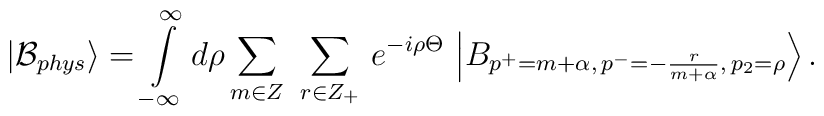
\left| \mathcal{B}_{phys}\right\rangle =\int\limits_{-\infty }^{\infty}d\rho \sum_{m\in Z}\ \sum_{r\in Z_{+}}\,e^{-i\rho \Theta }\,\left|B_{p^{+}=m+\alpha ,\,p^{-}=-\frac{r}{m+\alpha },\,p_{2}=\rho }\right\rangle .